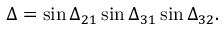
\Delta = \sin { \Delta _ { 2 1 } } \sin { \Delta _ { 3 1 } } \sin { \Delta _ { 3 2 } } .